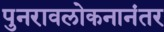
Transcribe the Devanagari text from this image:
पुनरावलोकनानंतर